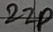
Text: 22P